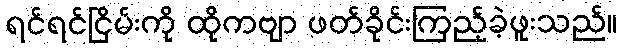
ရင်ရင်ငြိမ်းကို ထိုကဗျာ ဖတ်ခိုင်းကြည့်ခဲ့ဖူးသည်။